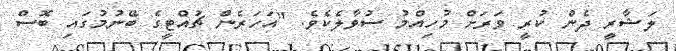
ލަޝާރީ ދެން ކުރީ ވަރަށް މުހިއްމު ސުވާލެކެވެ. "އަހަރެން ޗުއްޓީގެ ބޭނުމުގައި ބޮސް